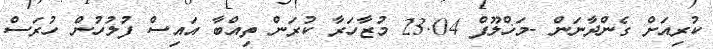
ކުރިއަށް ގެންދާނަން -މަޚްލޫފް 23.04 މުޒާހަރާ ކުރަން ތިއްބާ އައިސް ފުލުހުން ހުރަސް